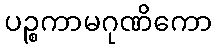
ပဉ္စကာမဂုဏိကော